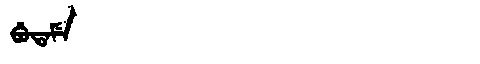
Manchu: ᠪᡠᡨᠠᠮᡝ
Romanization: BUTAME